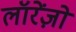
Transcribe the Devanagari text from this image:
लॉरेंज़ो